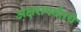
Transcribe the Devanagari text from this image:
अक्षरापर्यंतचे